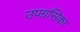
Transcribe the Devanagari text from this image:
उपग्रसिका